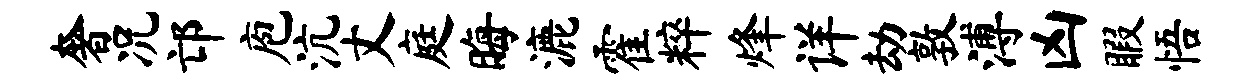
奢况邙庖沆丈庭晦漉霍粹烽详劫敦溥凶暇悟